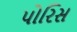
પોરિસ